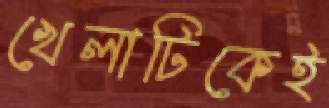
খেলাটিকেই